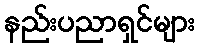
နည်းပညာရှင်များ